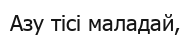
Азу тісі маладай,